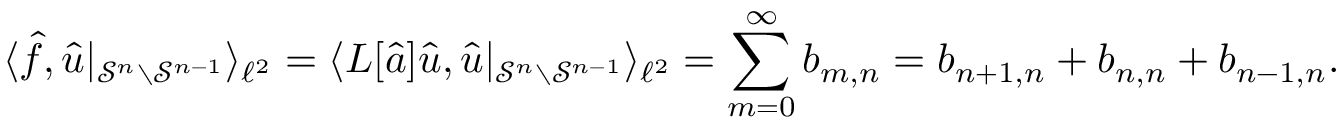
\langle \hat { f } , \hat { u } \rvert _ { \mathcal { S } ^ { n } \setminus \mathcal { S } ^ { n - 1 } } \rangle _ { \ell ^ { 2 } } = \langle L [ \hat { a } ] \hat { u } , \hat { u } \rvert _ { \mathcal { S } ^ { n } \setminus \mathcal { S } ^ { n - 1 } } \rangle _ { \ell ^ { 2 } } = \sum _ { m = 0 } ^ { \infty } b _ { m , n } = b _ { n + 1 , n } + b _ { n , n } + b _ { n - 1 , n } .